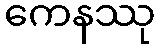
ကေနဿု